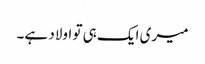
میری ایک ہی تو اولاد ہے۔